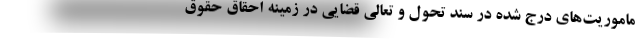
ماموریت‌های درج شده در سند تحول و تعالی قضایی در زمینه احقاق حقوق